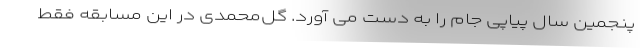
پنجمین سال پیاپی جام را به دست می ‌آورد. گل‌محمدی در این مسابقه فقط